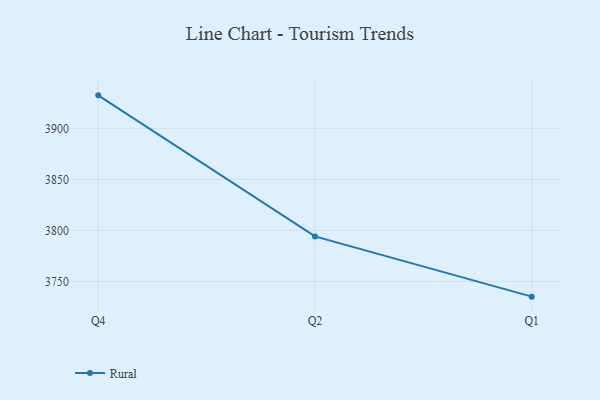
{"axis": {"x": "Quarter", "y": "Energy Usage (MWh)"}, "legend": ["Rural"], "data": [{"x": "Q4", "y": 3932.4, "type": "Rural"}, {"x": "Q2", "y": 3794.1, "type": "Rural"}, {"x": "Q1", "y": 3735.0, "type": "Rural"}]}